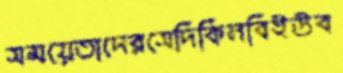
সময়েতাদেরসেদিকিনবিইউব